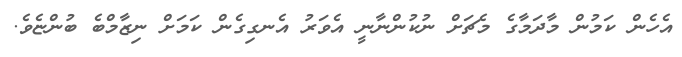
އެހެން ކަމުން މާދަމާގެ މެޗަށް ނުކުންނާނީ އެވަރު އެނގިގެން ކަމަށް ނިޒާމްބެ ބުންޏެވެ.